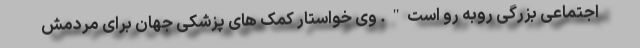
اجتماعی بزرگی روبه رو است". وی خواستار کمک های پزشکی جهان برای مردمش